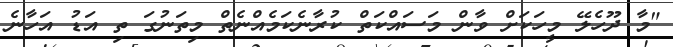
"މާ ދޫހެލޭ މީހަކަށް ވާން މަސައްކަތް ކުރާނެކަމެއްނެތް މިތަނުގަ ތި އަޑު އަހާނެ